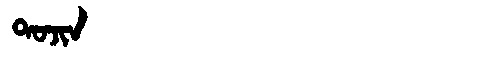
Manchu: ᡨᠣᠵᡳᠨ
Romanization: TOJIN